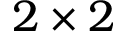
2 \times 2